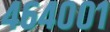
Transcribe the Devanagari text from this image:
४६४००१